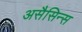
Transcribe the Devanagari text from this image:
असैसिन्स